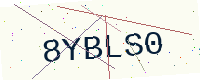
Text: 8YBLS0